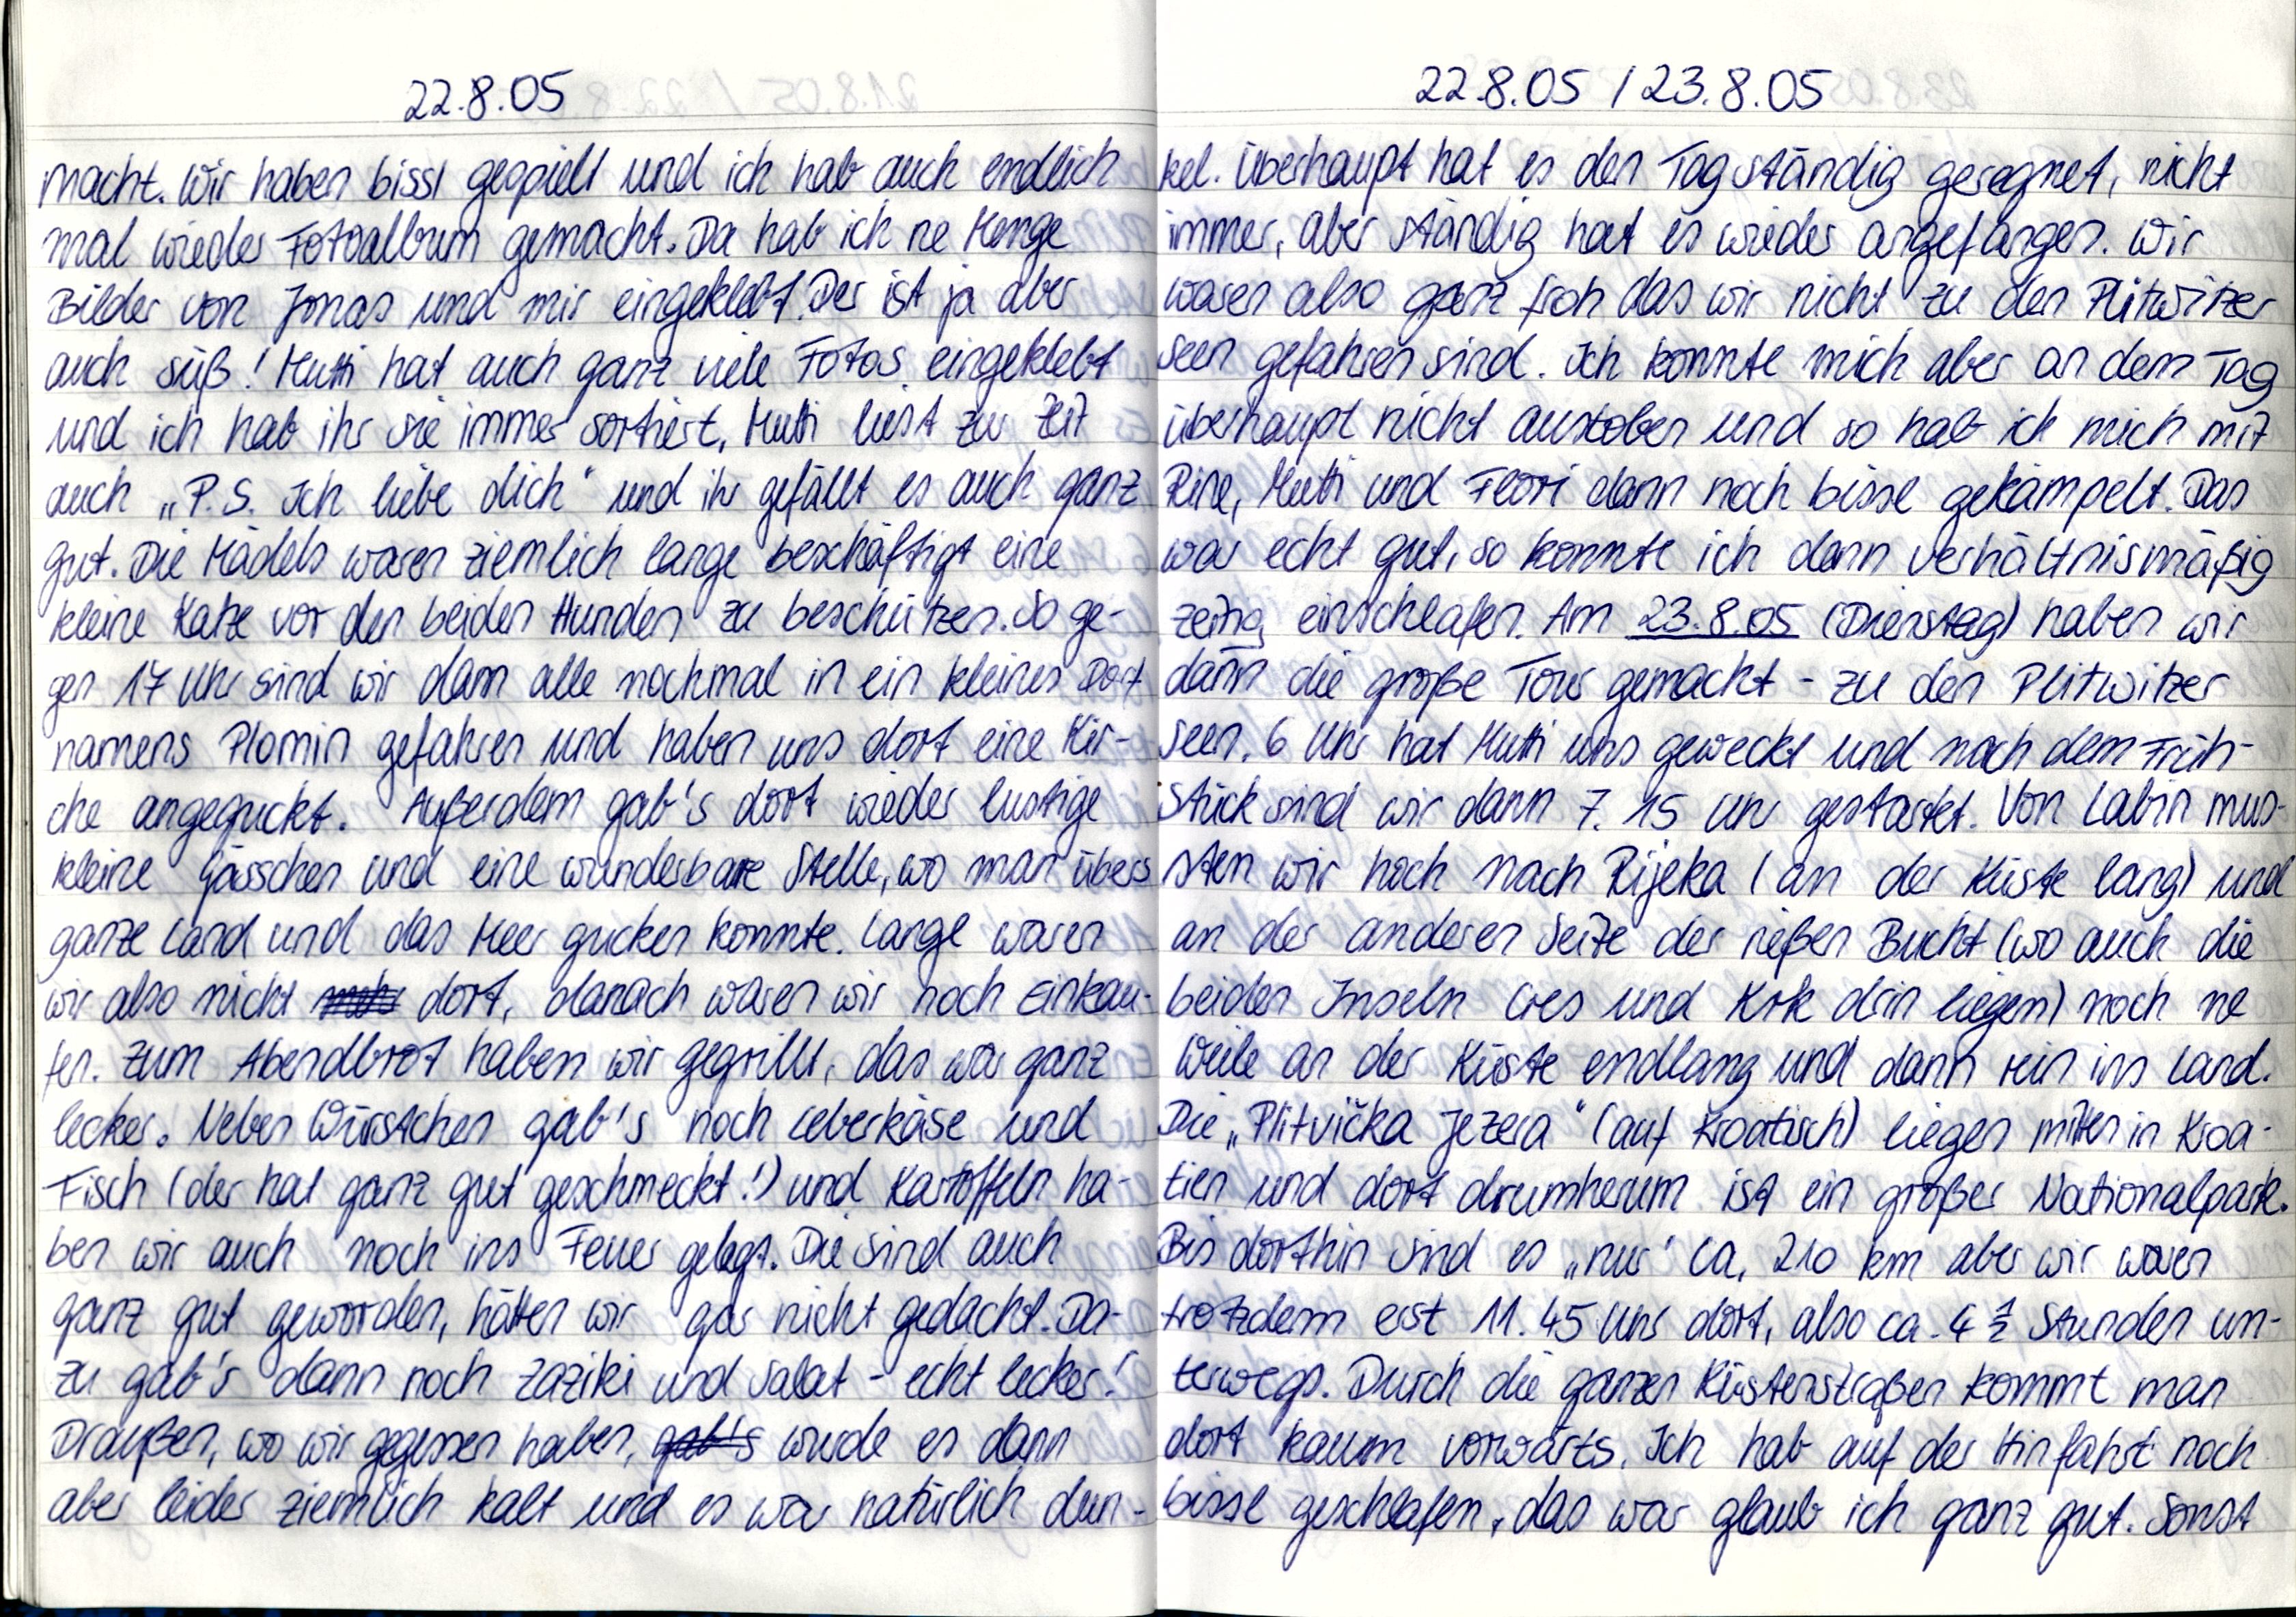
22.8.05
macht. Wir haben bissl gespielt und ich hab auch endlich
mal wieder Fotoalbum gemacht. Da hab ich ne Menge
bilder von Jonas und mir eingeklebt. Der ist ja aber
auch süß! Mutti hat auch ganz viele Fotos eingeklebt
und ich hab ihr sie immer sortiert. Mutti liest zur Zeit
auch „P.S. Ich liebe dich" und ihr gefällt es auch ganz
gut. Die Mädels waren ziemlich lange beschäftigt eine
kleine Katze vor den beiden Hunden zu beschützen. So ge-
gen 17 Uhr sind wir dann alle nochmal in ein kleines Dorf
namens Plomin gefahren und haben uns dort eine Kir-
che angeguckt. Außerdem gab's dort wieder lustige
kleine Gässchen und eine wunderbare Stelle, wo man übers
ganze Land und das Meer gucken konnte. Lange waren
wir also nicht dort, danach waren wir noch Einkau-
fen. Zum Abendbrot haben wir gegrillt, das war ganz
lecker. Neben Würstchen gab's noch Leberkäse und
Fisch (der hat ganz gut geschmeckt!) und Kartoffeln ha-
ben wir auch noch ins Feuer gelegt. Die sind auch
ganz gut geworden, hätten wir gar nicht gedacht. Da
zu gab's dann noch Zaziki und Salat - echt lecker!
Draußen, wo wir gegessen haben, wurde es dann
aber leider ziemlich kalt und es war natürlich dun-

22.8.05 / 23.8.05
kel. Überhaupt hat es den Tag ständig geregnet, nicht
immer, aber ständig hat es wieder angefangen. Wir
waren also ganz froh das wir nicht zu den Plitwitzer
Seen gefahren sind. Ich konnte mich aber an dem Tag
überhaupt nicht austoben und so hab ich mich mit
Rine, Mutti und Flori dann noch bissl gekämpelt. Das
war echt gut, so konnte ich dann verhältnismäßig
zeitig einschlafen. Am 23.8.05 (Dienstag) haben wir
dann die große Tour gemacht - zu den Plitwitzer
Seen. 6 Uhr hat Mutti uns geweckt und nach dem Früh-
stück sind wir dann 7.15 Uhr gestartet. Von Labin mus-
sten wir noch nach Rijeka (an der Küste lang) und
an der anderen Seite der rießen Bucht (wo auch die
beiden Inseln Cres und Krk drin liegen) noch ne
Weile an der Küste endlang und dann rein ins Land.
Die „Plitvička Jezera" (auf Kroatisch) liegen mitten in Kroa-
tien und dort drumherum ist ein großer Nationalpark.
Bis dorthin sind es „nur" ca. 210 km aber wir waren
trotzdem erst 11.45 Uhr dort, also ca. 4 ½ Stunden un-
terwegs. Durch die ganzen Küstenstraßen kommt man
dort kaum vorwärts. Ich hab auf der Hinfahrt noch
bissl geschlafen, das war glaub ich ganz gut. Sonst